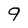
Character: 9